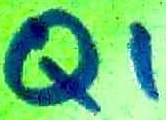
Text: Q1